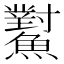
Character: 𩼸